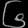
Digit: ၆